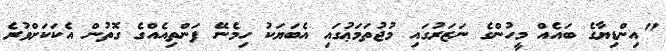
"އިންޑިޔާގެ ބައެއް މީހުންގެ ނަޒަރުގައި މުޖުތަމަޢުގައި އެބަޔަކު ހިމެނޭ ފަންތިއެއްގެ ގޮތުން އެކަކަށްވުރެ